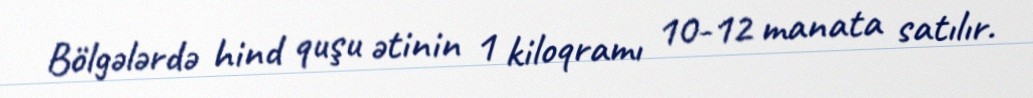
Bölgələrdə hind quşu ətinin 1 kiloqramı 10-12 manata satılır.